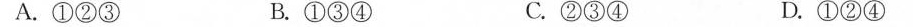
A.①②③ B.①③④ C.②③④ D.①②④